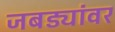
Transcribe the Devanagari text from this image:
जबड्यांवर